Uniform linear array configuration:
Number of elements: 4
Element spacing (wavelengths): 1
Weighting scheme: hann
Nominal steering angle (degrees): -15
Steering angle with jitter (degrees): -14.545
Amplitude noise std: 0.05
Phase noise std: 0.05

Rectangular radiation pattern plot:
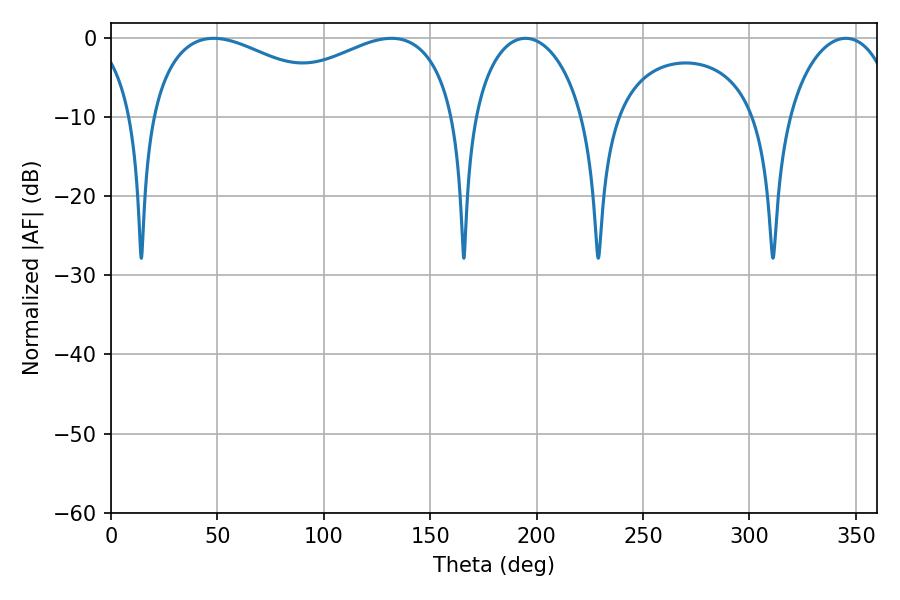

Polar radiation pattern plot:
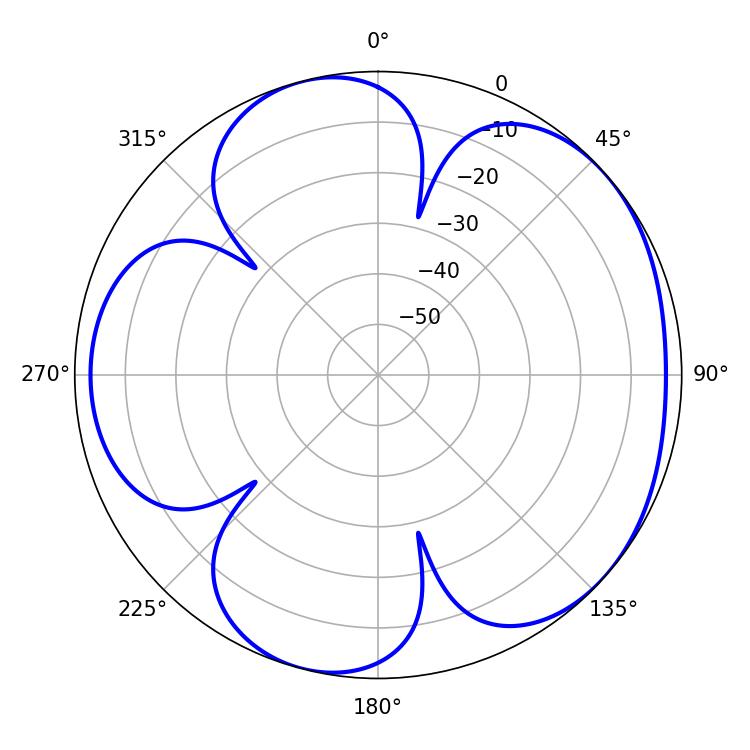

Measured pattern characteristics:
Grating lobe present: TRUE
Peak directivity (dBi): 4.776
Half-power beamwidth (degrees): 54.9
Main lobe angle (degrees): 48.24